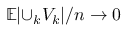
\mathbb { E } { \lvert \cup _ { k } V _ { k } \rvert } / n \rightarrow 0